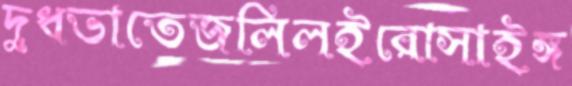
দুধভাতেজলিলইরোসাইঙ্গ